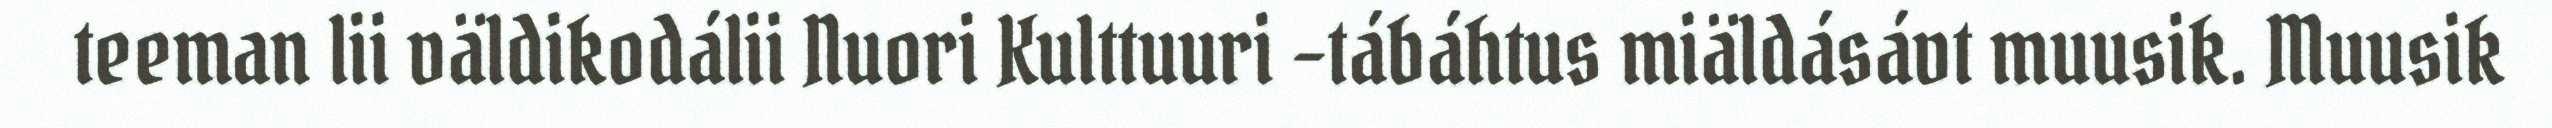
teeman lii väldikodálii Nuori Kulttuuri –tábáhtus miäldásávt muusik. Muusik